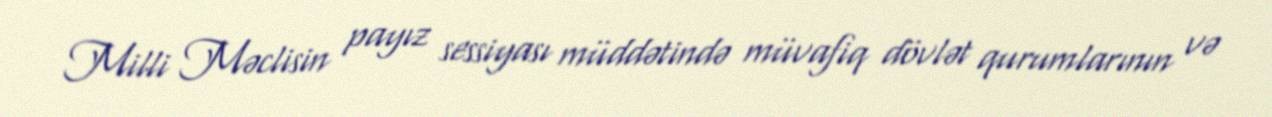
Milli Məclisin payız sessiyası müddətində müvafiq dövlət qurumlarının və